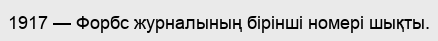
1917 — Форбс журналының бірінші номері шықты.